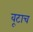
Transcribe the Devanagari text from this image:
वूटाच